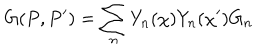
G ( P , P ^ { \prime } ) = \sum _ { n } Y _ { n } ( \chi ) Y _ { n } ( \chi ^ { \prime } ) G _ { n }